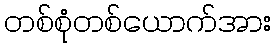
တစ်စုံတစ်ယောက်အား